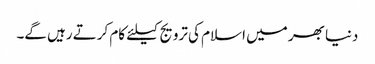
دنیا بھر میں اسلام کی ترویج کیلئے کام کرتے رہیں گے۔